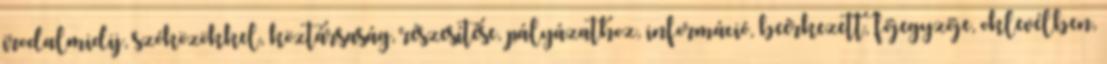
irodalmidij, szóközökkel, köztársaság, részesítése, pályázathoz, információ, beérkezett, főjegyzője, oklevélben,